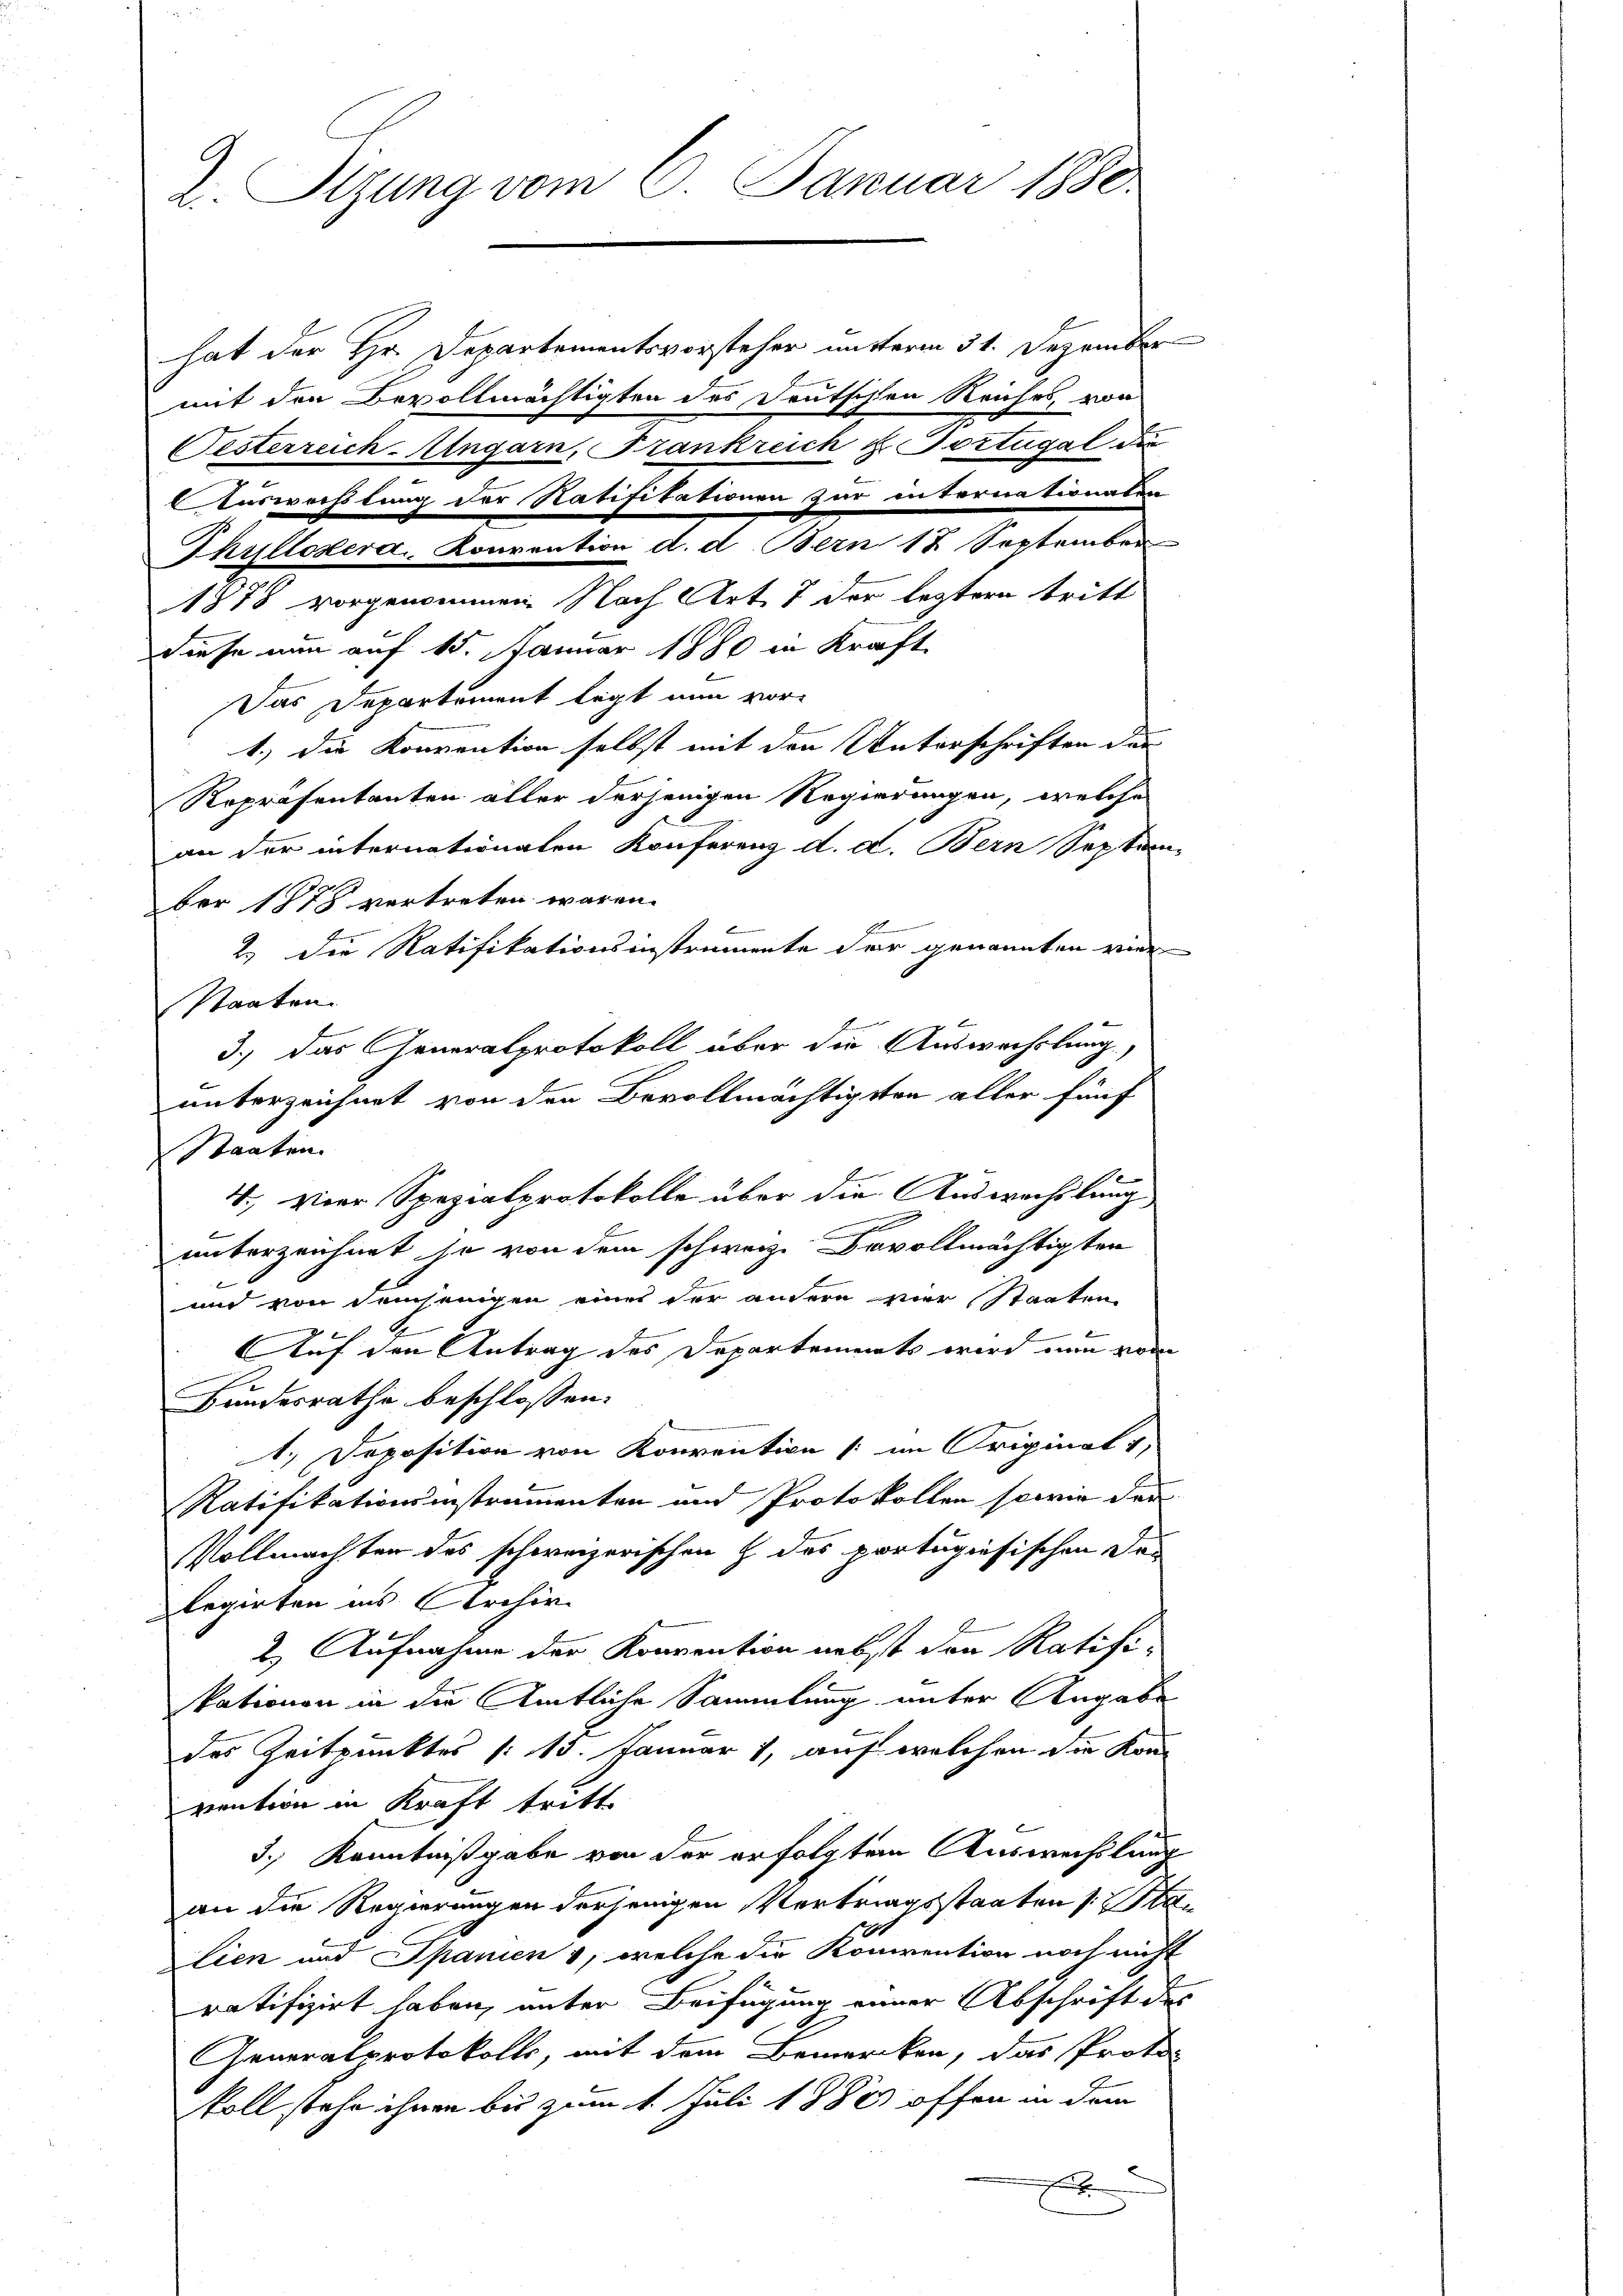
2. Sizung vom 8. Januar 1880.

hat der Hr. Departementsvorsteher unterm 31. Dezember
mit den Bevollmächtigten des Deutschen Reiches, von
Oesterreich-Alngarn, Frankreich & Portugal die
1878 vorgenommen Nach Art. 7 der letztere tritt
diese nun auf 15. Januar 1880 in Kraft
Das Departement legt nun vor¬
1.) Die Konvention selbst mit den Unterschriften der
Ropräsentanten aller derjenigen Regierungen, welche
an der internationalen Konferenz d. d. Bern Septem-
ber 1878 vertreten wären.
e
2.) Die Ratifikationsinstrumente der genannten wie¬
Staaten
u
unterzeichnet ja von dem schweiz. Bevollmächtigten
und von demjenigen eines der andern vier Staaten
Auf den Antrag des Departements wird nun vom
Bundesrathe beschlossen:
1. Deposition von Konvention (im Originat v
Ratifikationsinstrumenten und Protokollen sowie der
Vollmachten des schweizerischen Z. des portugisischen Des
legirten ins Archir
2.) Aufnahme der Konvention nebst den Ratifikationen in die Amtliche Sammlung unter Angabe
des Zeitpunktes (13. Januar 1, auf welchen die Konvention in Kraft tritt.
3.) Kenntnißgabe von der erfolgtem Auswechslung
an die Regierungen derjenigen Vertragsstaaten s. Stalien und Spanien , welche die Konvention noch nicht
ratifizirt haben, unter Beifügung einer Abschrift des
Generalprotokolls, mit dem Bemercken, das Protokoll stehe ihnen bis zum 1. Juli 1882 offen in dem
d

Auswechslung der Ratifikationen zur internationalen

3.) Das Generalprotokoll über die Auswechslung,
unterzeichnet von den Bevollmächtigsten aller fünf
Staaten.
4. Vier Spezialprotokolle über die Auswachslang

Thullokera, Konvention d. d. Bern 12 September